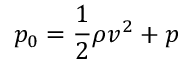
p _ { 0 } = { \frac { 1 } { 2 } } \rho v ^ { 2 } + p